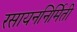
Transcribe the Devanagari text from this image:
रसायननिर्मिती